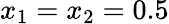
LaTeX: x_{1}=x_{2}=0.5